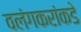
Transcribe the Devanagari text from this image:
वलंगकरांकडे